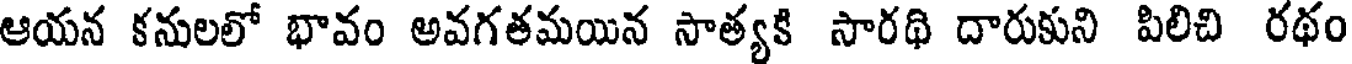
ఆయన కనులలో భావం అవగతమయిన సాత్యకి సారథి దారుకుని పిలిచి రథం